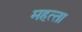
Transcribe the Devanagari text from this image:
महत्‍ता